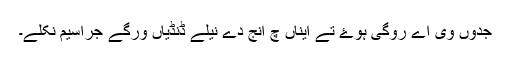
جدوں وی اے روگی ہوۓ تے ایناں چ انج دے نیلے ڈنڈیاں ورگے جراسیم نکلے۔